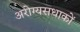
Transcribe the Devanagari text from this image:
अरोग्यसधाकों